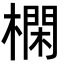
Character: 㯗